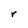
Character: r